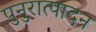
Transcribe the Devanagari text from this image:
पुनुरात्पादन